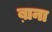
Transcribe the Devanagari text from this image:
ब़ाना